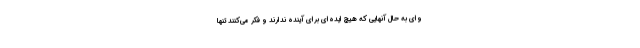
وای به حال آنهایی که هیچ ایده‌ای برای آینده ندارند و فکر می‌کنند تنها